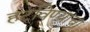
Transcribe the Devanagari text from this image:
हटविण्याचा